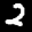
Label: 2